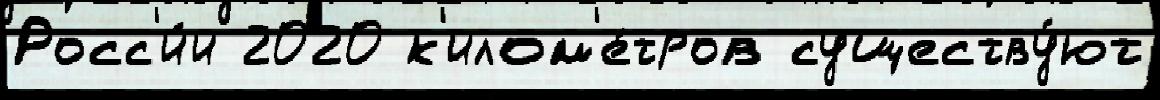
Росс'и́и 2020 к'илом'е́тров существу́ют